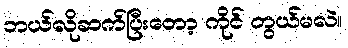
ဘယ်လိုဆက်ပြီးတော့ ကိုင် တွယ်မလဲ။